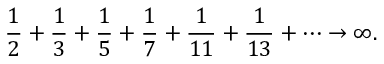
{ \frac { 1 } { 2 } } + { \frac { 1 } { 3 } } + { \frac { 1 } { 5 } } + { \frac { 1 } { 7 } } + { \frac { 1 } { 1 1 } } + { \frac { 1 } { 1 3 } } + \cdots \rightarrow \infty .